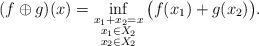
LaTeX: \begin{align*} (f\oplus g)(x) = \inf_{\substack{x_1+x_2=x\\x_1\in X_2\\x_2\in X_2}}\big( f(x_1) +g(x_2)\big). \end{align*}